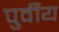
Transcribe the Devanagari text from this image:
पुर्वीय